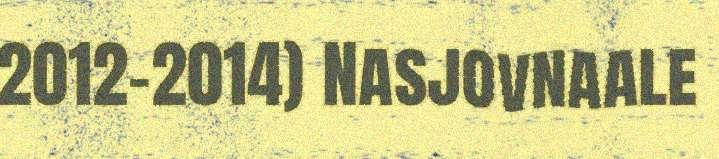
2012-2014) Nasjovnaale